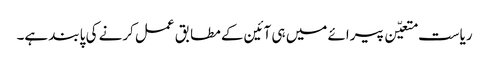
ریاست متعیّن پیرائے میں ہی آئین کے مطابق عمل کرنے کی پابند ہے۔